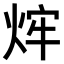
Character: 𤉍